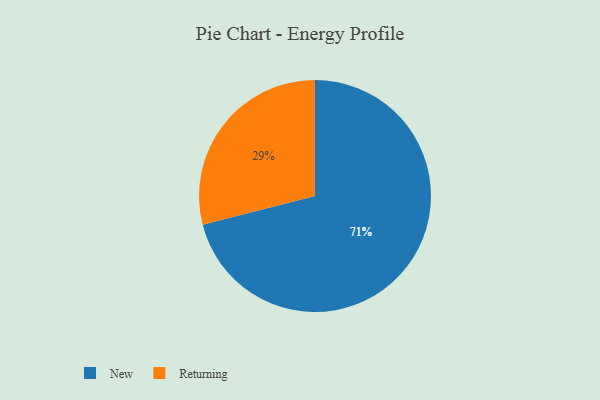
{"axis": {"x": "Category", "y": "Percentage"}, "legend": ["New", "Returning"], "data": [{"x": "New", "y": 71, "type": "New"}, {"x": "Returning", "y": 29, "type": "Returning"}]}